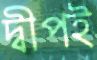
দ্বীপই